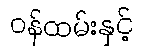
ဝန်ထမ်းနှင့်